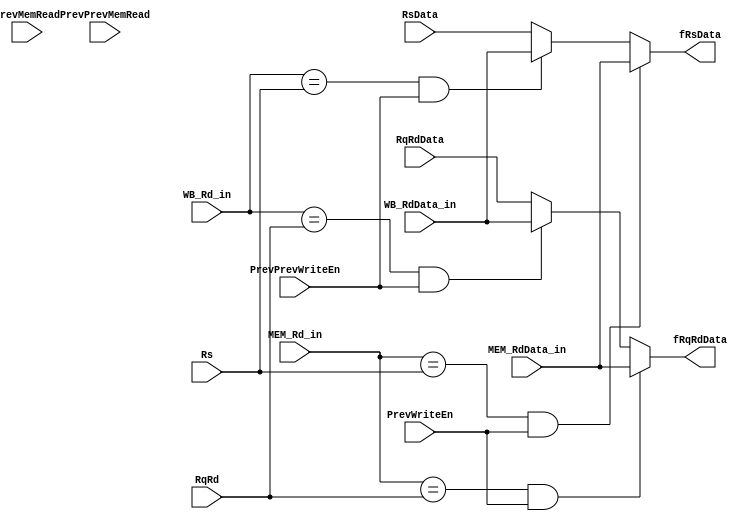
module ALUForward(WB_RdData_in,MEM_RdData_in,RqRdData,RsData,WB_Rd_in,MEM_Rd_in,RqRd,Rs,PrevWriteEn,PrevPrevWriteEn,PrevMemRead,PrevPrevMemRead,fRqRdData,fRsData);


input [31:0]WB_RdData_in;
input [31:0]MEM_RdData_in;
input [31:0]RqRdData;
input [31:0]RsData;
input [2:0]WB_Rd_in;
input [2:0]MEM_Rd_in;
input [2:0]RqRd;
input [2:0]Rs;
input PrevWriteEn;
input PrevPrevWriteEn;
input PrevMemRead;
input PrevPrevMemRead;


output [31:0]fRqRdData;
output [31:0]fRsData;


wire fwrdA,fwrdB,fwrdC,fwrdD;


assign fwrdA = (WB_Rd_in == RqRd);
assign fwrdB = (WB_Rd_in == Rs);
assign fwrdC = (MEM_Rd_in == RqRd);
assign fwrdD = (MEM_Rd_in == Rs);




assign fRqRdData = fwrdC & PrevWriteEn ? MEM_RdData_in :
		   fwrdA & PrevPrevWriteEn ? WB_RdData_in :
		   RqRdData;

assign fRsData = fwrdD & PrevWriteEn ? MEM_RdData_in :
		 fwrdB & PrevPrevWriteEn ? WB_RdData_in :
		 RsData;


endmodule